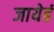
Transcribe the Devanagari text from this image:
जायेहं